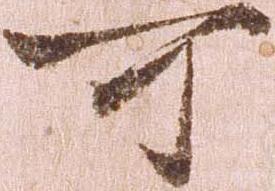
可